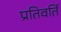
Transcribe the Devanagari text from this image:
प्रतिवर्ति